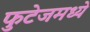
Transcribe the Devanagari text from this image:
फुटेजमध्ये